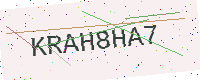
Text: KRAH8HA7